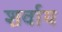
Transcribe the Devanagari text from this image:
शर्वाय